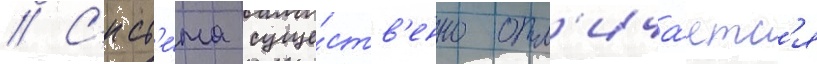
// С'ист'е́ма суще́ств'енно отл'ича́етс'я